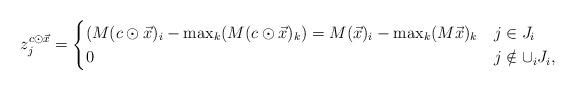
LaTeX: \begin{align*}z^{c \odot \vec x}_j &= \begin{cases}(M(c\odot \vec x)_{i}-\max_k(M(c\odot \vec x)_k)=M(\vec x)_{i}-\max_k(M\vec x)_k & j \in J_i \\0 \qquad & j \notin \cup_i J_i, \end{cases}\end{align*}